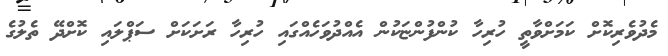
މެދުވެރިކޮށް ކަމަށްވާތީ ހުރިހާ ކުންފުންޏަކުން އެއްދުވަހެއްގައި ހުރިހާ ރަށަކަށް ސަޕްލައި ކޮށްދޭ ތެލުގެ